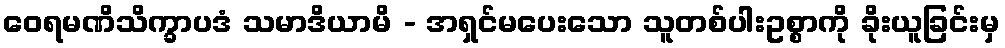
ဝေရမဏိသိက္ခာပဒံ သမာဒိယာမိ - အရှင်မပေးသော သူတစ်ပါးဥစ္စာကို ခိုးယူခြင်းမှ